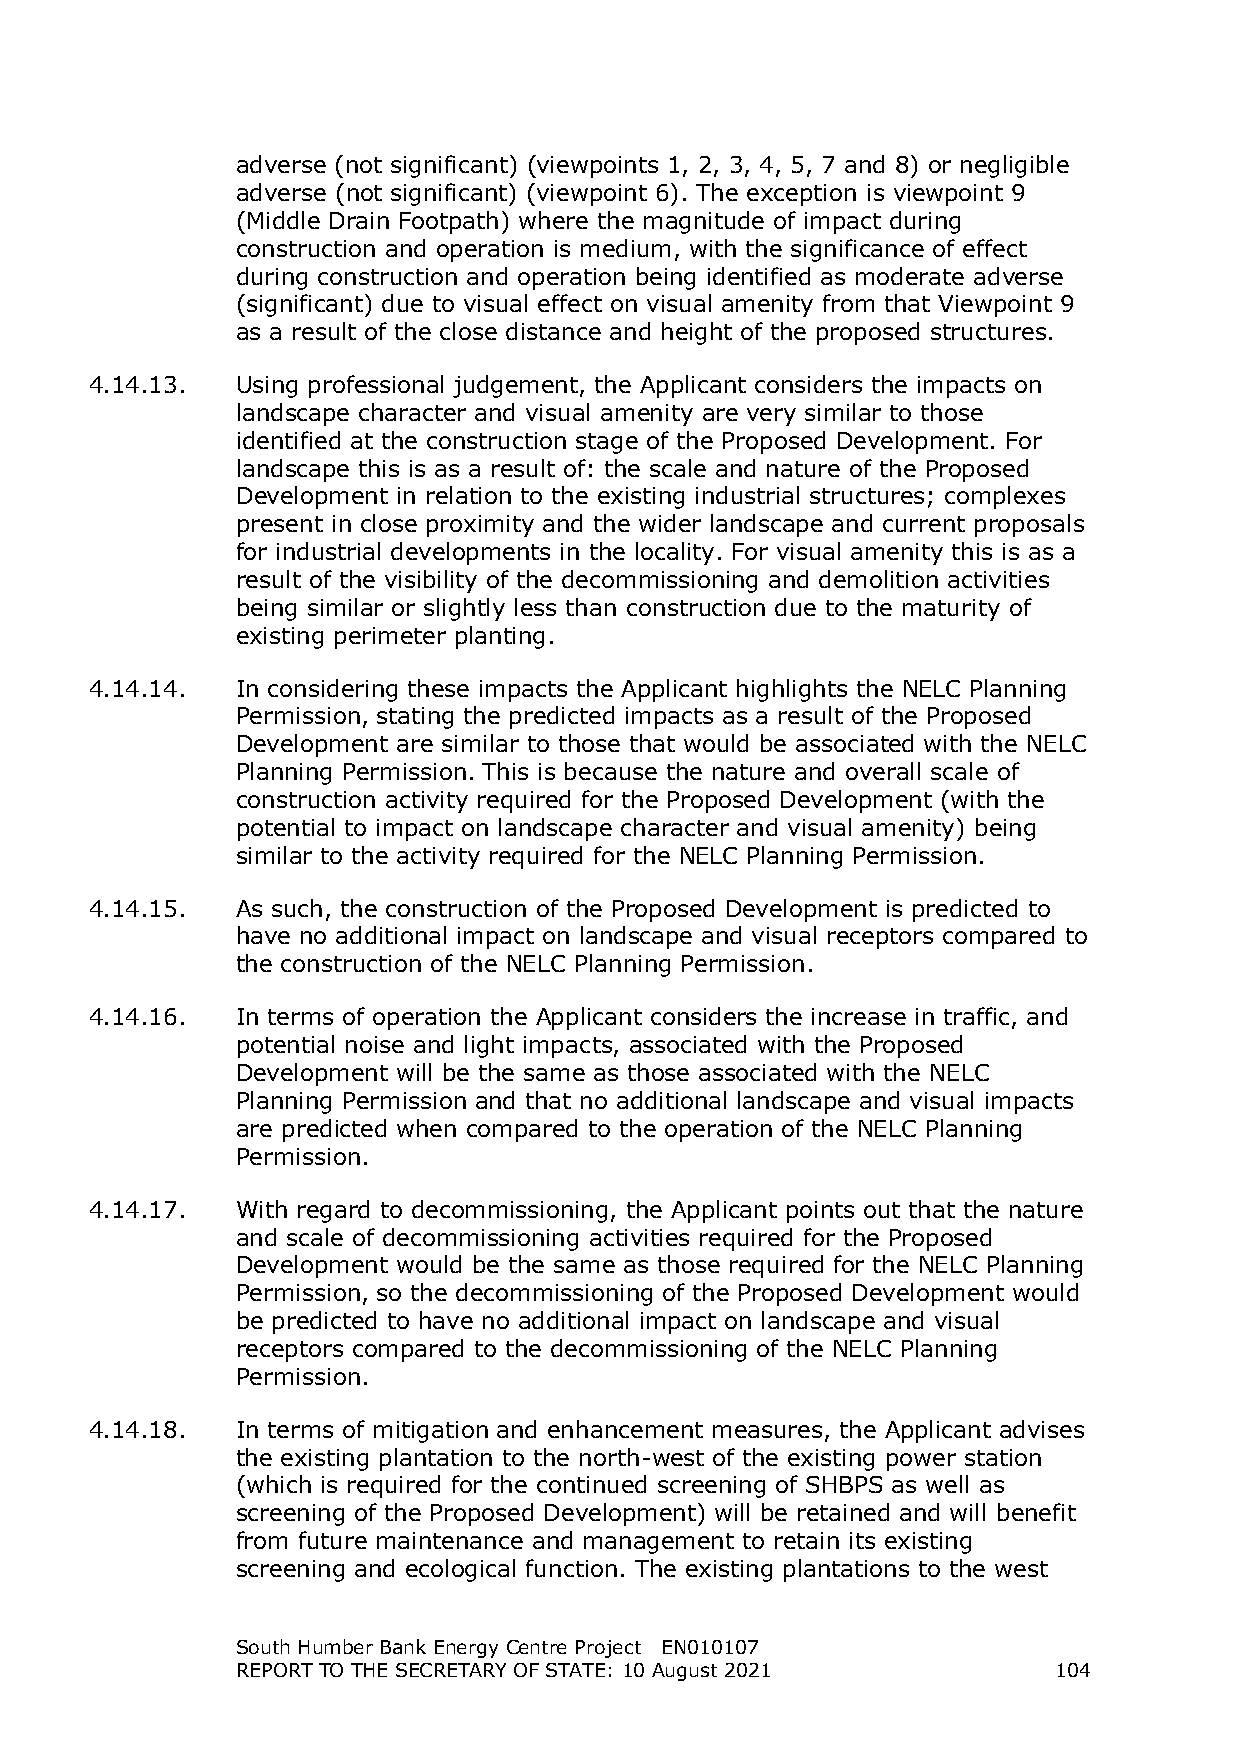
adverse (not significant) (viewpoints 1, 2, 3, 4, 5, 7 and 8) or negligible
 adverse (not significant) (viewpoint 6). The exception is viewpoint 9
 (Middle Drain Footpath) where the magnitude of impact during
 construction and operation is medium, with the significance of effect
 during construction and operation being identified as moderate adverse
 (significant) due to visual effect on visual amenity from that Viewpoint 9
 as a result of the close distance and height of the proposed structures.
 4.14.13.  Using professional judgement, the Applicant considers the impacts on
 landscape character and visual amenity are very similar to those
 identified at the construction stage of the Proposed Development. For
 landscape this is as a result of: the scale and nature of the Proposed
 Development in relation to the existing industrial structures; complexes
 present in close proximity and the wider landscape and current proposals
 for industrial developments in the locality. For visual amenity this is as a
 result of the visibility of the decommissioning and demolition activities
 being similar or slightly less than construction due to the maturity of
 existing perimeter planting.
 4.14.14.  In considering these impacts the Applicant highlights the NELC Planning
 Permission, stating the predicted impacts as a result of the Proposed
 Development are similar to those that would be associated with the NELC
 Planning Permission. This is because the nature and overall scale of
 construction activity required for the Proposed Development (with the
 potential to impact on landscape character and visual amenity) being
 similar to the activity required for the NELC Planning Permission.
 4.14.15.  As such, the construction of the Proposed Development is predicted to
 have no additional impact on landscape and visual receptors compared to
 the construction of the NELC Planning Permission.
 4.14.16.  In terms of operation the Applicant considers the increase in traffic, and
 potential noise and light impacts, associated with the Proposed
 Development will be the same as those associated with the NELC
 Planning Permission and that no additional landscape and visual impacts
 are predicted when compared to the operation of the NELC Planning
 Permission.
 4.14.17.  With regard to decommissioning, the Applicant points out that the nature
 and scale of decommissioning activities required for the Proposed
 Development would be the same as those required for the NELC Planning
 Permission, so the decommissioning of the Proposed Development would
 be predicted to have no additional impact on landscape and visual
 receptors compared to the decommissioning of the NELC Planning
 Permission.
 4.14.18.  In terms of mitigation and enhancement measures, the Applicant advises
 the existing plantation to the north-west of the existing power station
 (which is required for the continued screening of SHBPS as well as
 screening of the Proposed Development) will be retained and will benefit
 from future maintenance and management to retain its existing
 screening and ecological function. The existing plantations to the west
 South Humber Bank Energy Centre Project EN010107
 REPORT TO THE SECRETARY OF STATE: 10 August 2021      104